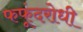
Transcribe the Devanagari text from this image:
फफूंदरोधी